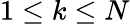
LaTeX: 1\leq k\leq N